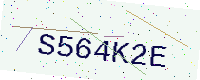
Text: S564K2E